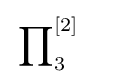
\sideset {}{_{3}^{\left[2\right]}\quad }\prod